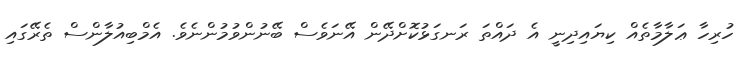
ހުރިހާ ޢަލާމާތެއް ކިޔައިދިނީ އެ ދައްތަ ރަނގަޅުކޮށްދޭން އޭނަވެސް ބޭނުންވުމުންނެވެ. އެމްބިއުލާންސް ތެރޭގައި